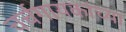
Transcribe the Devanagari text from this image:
चर्चगायकांच्या